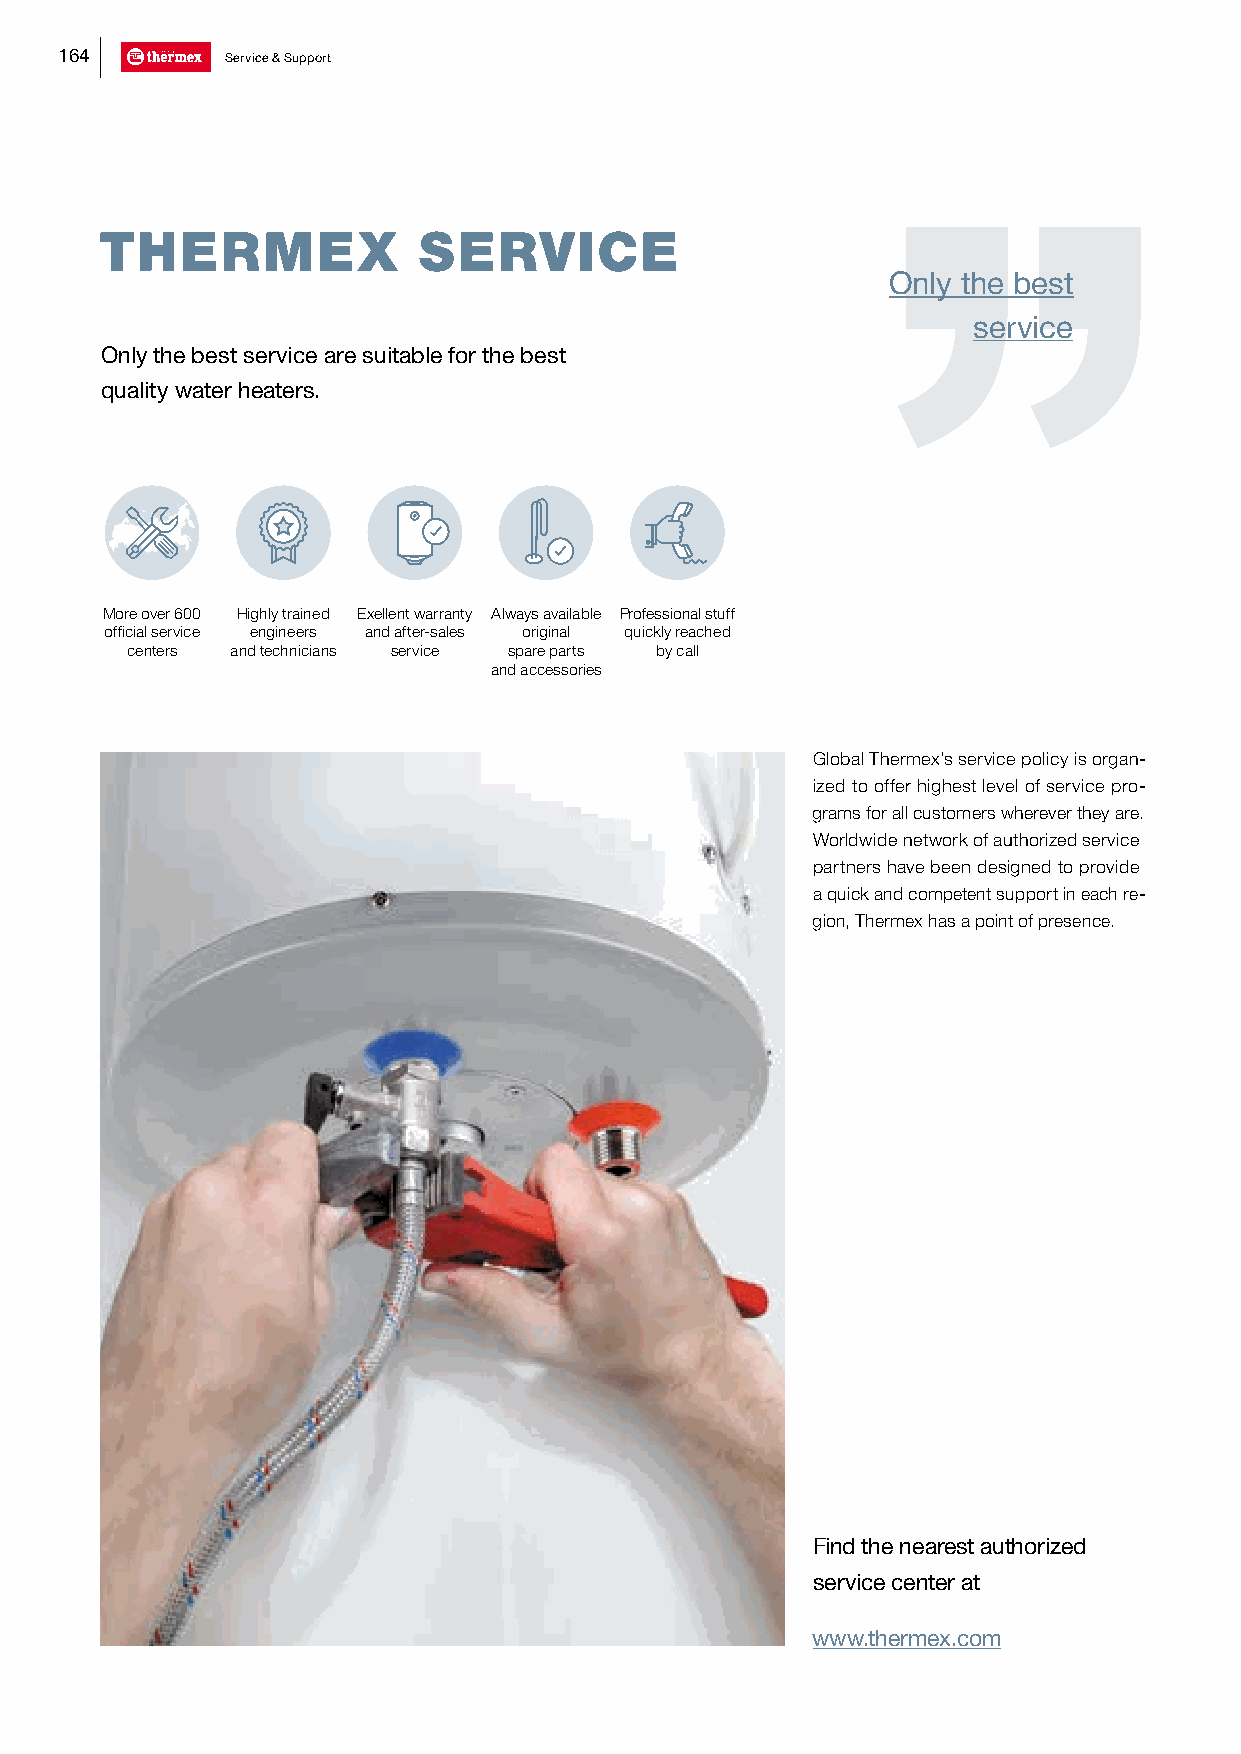
164        Service & Support
 THERMEX              SERVICE
 Only the best
 service
 Only the best service are suitable for the best
 quality water heaters.
 More over 600 Highly trained Exellent warranty Always available Professional stuff
 official service engineers and after-sales original quickly reached
 centers and technicians service spare parts by call
 and accessories
 Global Thermex’s service policy is organ-
 ized to offer highest level of service pro-
 grams for all customers wherever they are.
 Worldwide network of authorized service
 partners have been designed to provide
 a quick and competent support in each re-
 gion, Thermex has a point of presence.
 Find the nearest authorized
 service center at
 www.thermex.com